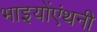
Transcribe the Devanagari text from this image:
भाइयोंएंथनी